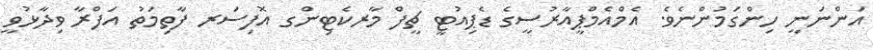
އަންނަނީ ހިންގަމުންނެވެ. އެމްއެމްޕީއާރުސީގެ ޑެޕިއުޓީ ޗީފް މާރކެޓިންގ އޮފިސަރ ފާތިމަތު އަފްރާ ވިދާޅުވީ